Indian journal of veterinary science and animal husbandry - Volume 3,
Year: 1933
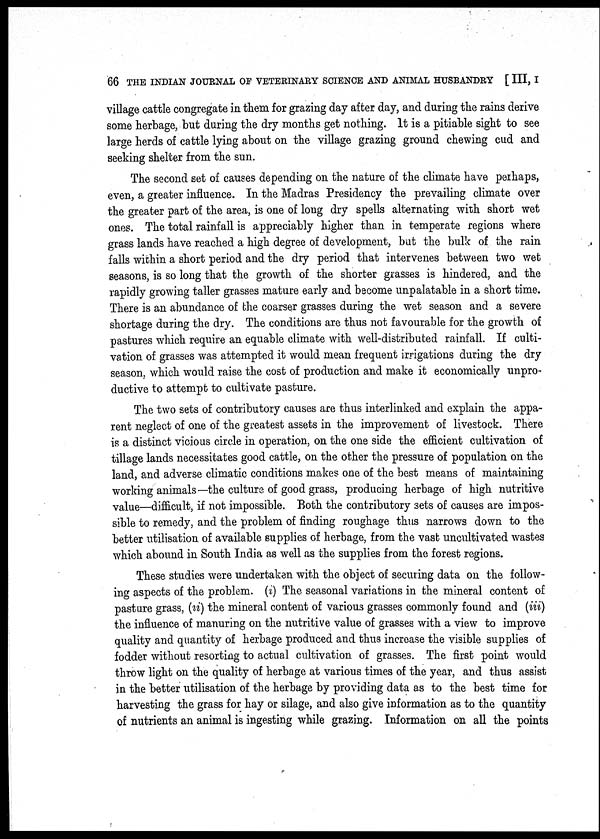
66 THE INDIAN JOURNAL OF VETERINARY SCIENCE AND ANIMAL HUSBANDRY [ III, I
village cattle congregate in them for grazing day after day, and during the rains derive
some herbage, but during the dry months get nothing. It is a pitiable sight to see
large herds of cattle lying about on the village grazing ground chewing cud and
seeking shelter from the sun.
The second set of causes depending on the nature of the climate have perhaps,
even, a greater influence. In the Madras Presidency the prevailing climate over
the greater part of the area, is one of long dry spells alternating with short wet
ones. The total rainfall is appreciably higher than in temperate regions where
grass lands have reached a high degree of development, but the bulk of the rain
falls within a short period and the dry period that intervenes between two wet
seasons, is so long that the growth of the shorter grasses is hindered, and the
rapidly growing taller grasses mature early and become unpalatable in a short time.
There is an abundance of the coarser grasses during the wet season and a severe
shortage during the dry. The conditions are thus not favourable for the growth of
pastures which require an equable climate with well-distributed rainfall. If culti-
vation of grasses was attempted it would mean frequent irrigations during the dry
season, which would raise the cost of production and make it economically unpro-
ductive to attempt to cultivate pasture.
The two sets of contributory causes are thus interlinked and explain the appa-
rent neglect of one of the greatest assets in the improvement of livestock. There
is a distinct vicious circle in operation, on the one side the efficient cultivation of
tillage lands necessitates good cattle, on the other the pressure of population on the
land, and adverse climatic conditions makes one of the best means of maintaining
working animals—the culture of good grass, producing herbage of high nutritive
value—difficult, if not impossible. Both the contributory sets of causes are impos-
sible to remedy, and the problem of finding roughage thus narrows down to the
better utilisation of available supplies of herbage, from the vast uncultivated wastes
which abound in South India as well as the supplies from the forest regions.
These studies were undertaken with the object of securing data on the follow-
ing aspects of the problem. (i) The seasonal variations in the mineral content of
pasture grass, (ii) the mineral content of various grasses commonly found and (iii)
the influence of manuring on the nutritive value of grasses with a view to improve
quality and quantity of herbage produced and thus increase the visible supplies of
fodder without resorting to actual cultivation of grasses. The first point would
throw light on the quality of herbage at various times of the year, and thus assist
in the better utilisation of the herbage by providing data as to the best time for
harvesting the grass for hay or silage, and also give information as to the quantity
of nutrients an animal is ingesting while grazing. Information on all the points